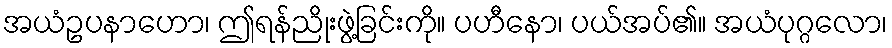
အယံဥပနာဟော၊ ဤရန်ညိုးဖွဲ့ခြင်းကို။ ပဟီနော၊ ပယ်အပ်၏။ အယံပုဂ္ဂလော၊